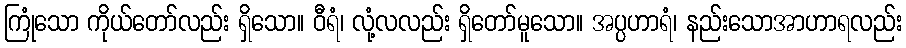
ကြုံသော ကိုယ်တော်လည်း ရှိသော။ ဝီရံ၊ လုံ့လလည်း ရှိတော်မူသော။ အပ္ပဟာရံ၊ နည်းသောအာဟာရလည်း